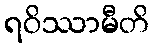
ရဝိဿာမီတိ